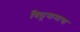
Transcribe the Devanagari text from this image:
विठूनामाचा